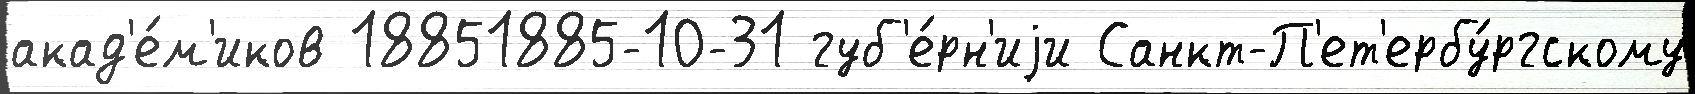
акад'е́м'иков 18851885-10-31 губ'е́рн'иjи Санкт-П'ет'ербу́ргскому